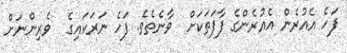
ފަހެ އެއުރެން އެއުރެންގެ ފާފަތަކަށް  ވާނެތެވެ. ފަހެ ނަރަކައިގެ  ވެރިންނަށް